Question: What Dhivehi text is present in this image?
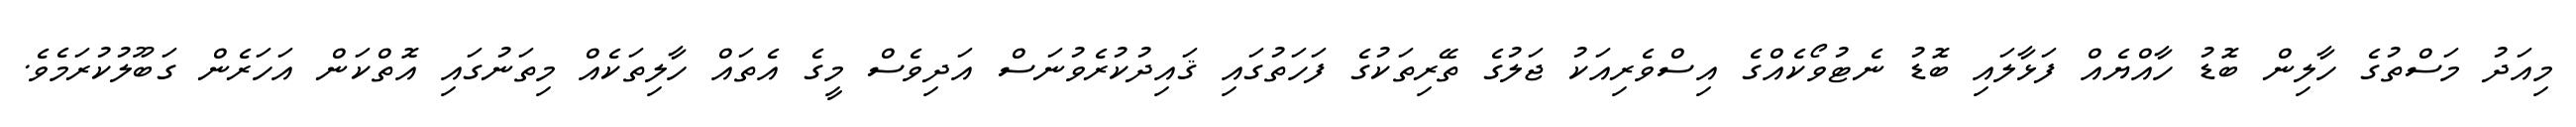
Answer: މިއަދު މަސްތުގެ ހާލިން ބޮޑު ހާއްޔެއް ފަޅާލައި ބޮޑު ނެޓުވޯކެއްގެ އިސްވެރިއަކު ޖަލުގެ ތޭރިތަކުގެ ފަހަތުގައި ޤައިދުކުރެވުނަސް އަދިވެސް މީގެ އެތައް ހާލިތަކެއް މިތަނުގައި އޮތްކަން އަހަރެން ގަބޫލުކުރަމެވެ.